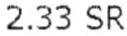
2.33 SR